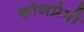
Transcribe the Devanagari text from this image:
कोशप्रेमी